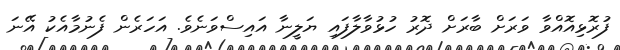
ފުރޮޅިއޮއްވާ ވަރަށް ބާރަށް ދޮރު ހުޅުވާލާފައި ޔަލީނާ އައިސްވަނެވެ. އަހަރެން ފެނުމާއެކު އޭނަ